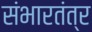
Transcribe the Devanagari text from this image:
संभारतंत्र